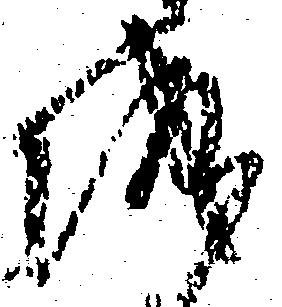
城